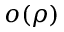
o ( \rho )